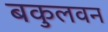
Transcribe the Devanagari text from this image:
बकुलवन